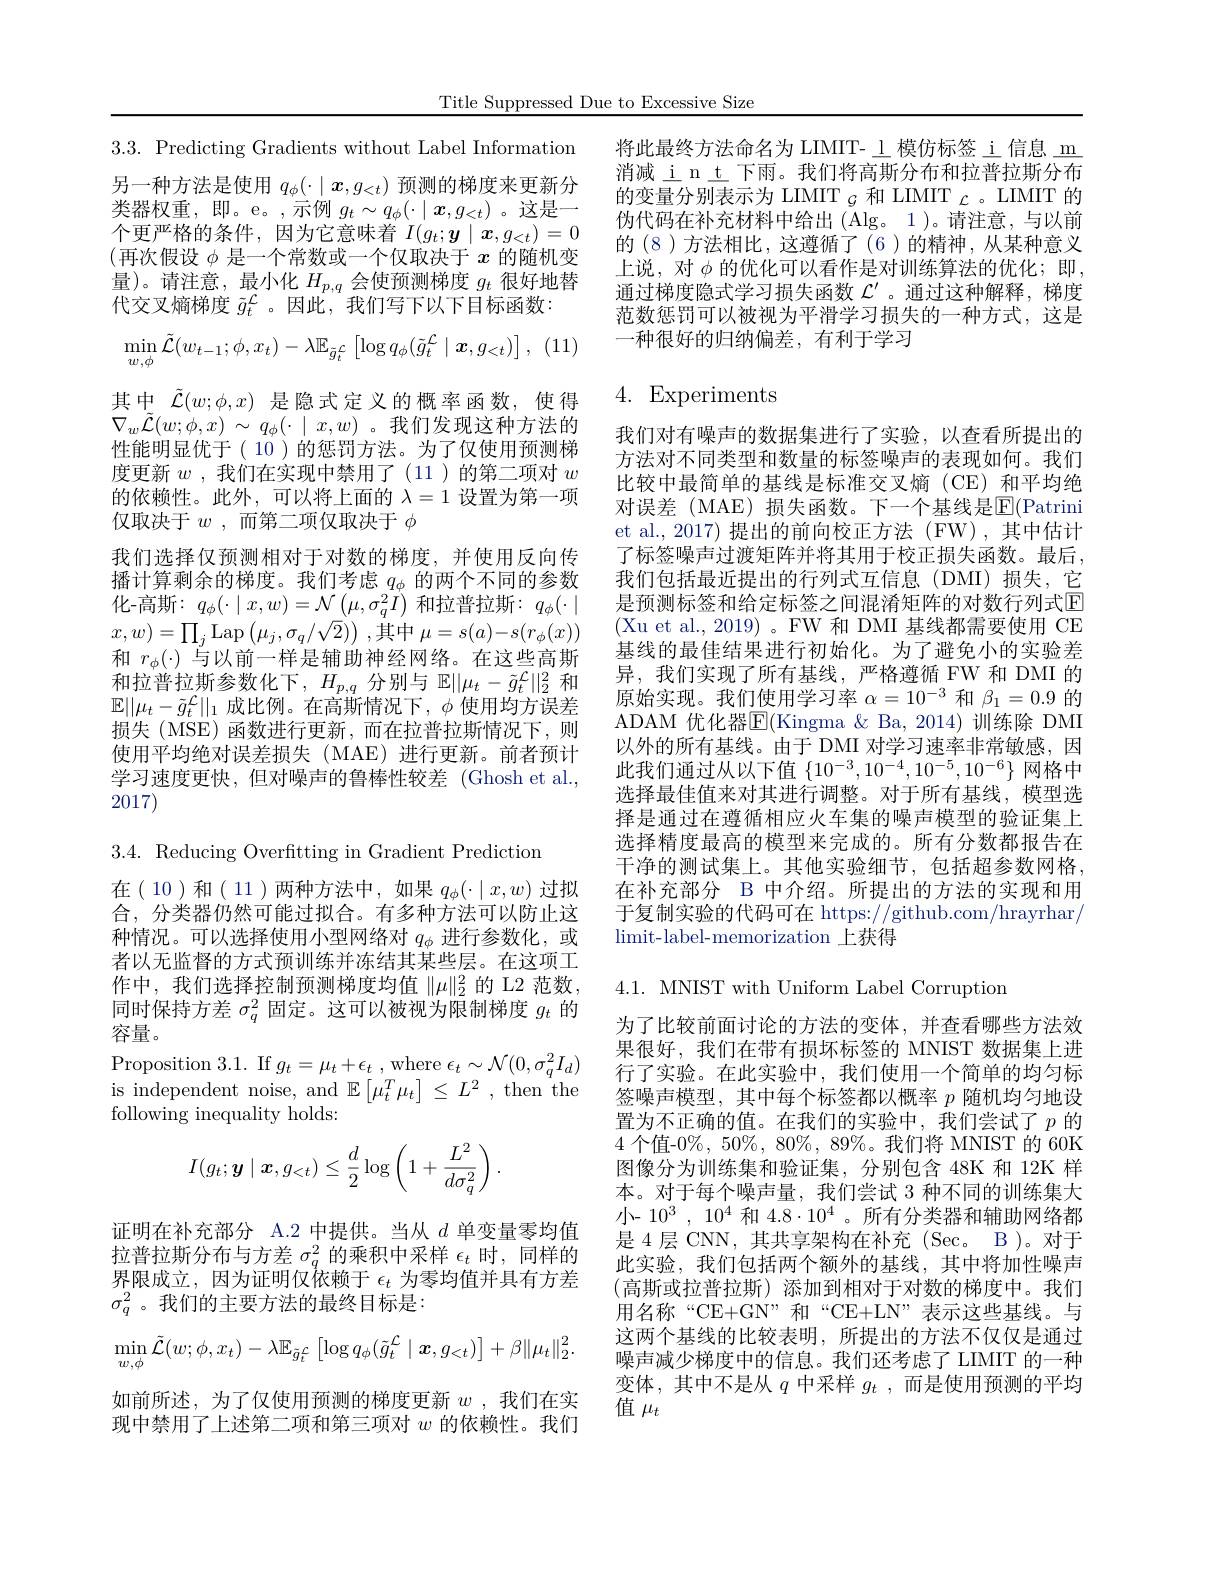
Title Suppressed Due to Excessive Size

3.3. Predicting Gradients without Label Information 另一种方法是使用$q_\phi(\cdot\mid\boldsymbol{x},g_{<t})$预测的梯度来更新分类器权重，即。e。,示例$g_t\sim q_\phi(\cdot\mid\boldsymbol{x},g_{<t})$ 。这是一(再次假设$\phi$是一个常数或一个仅取决于$x$的随机变量)。请注意，最小化$H_{p,q}$会使预测梯度$g_t$很好地替代交叉熵梯度$\tilde{g}_t^\mathcal{L}$。因此，我们写下以下目标函数：
$$\min_{w,\phi}\tilde{\mathcal{L}}(w_{t-1};\phi,x_{t})-\lambda\mathbb{E}_{\tilde{g}_{t}^{L}}\left[\log q_{\phi}(\tilde{g}_{t}^{\mathcal{L}}\mid\boldsymbol{x},g_{<t})\right],$$
其中$\tilde{\mathcal{L}}(w;\phi,x)$ 是隐式定义的概率函数，使得$\nabla _{w}\tilde{\mathcal{L} } ( w; \phi , x)$ $\sim$ $q_{\phi }( \cdot \mid x, w)$ 。我们发现这种方法的性能明显优于( 10 )的惩罚方法。为了仅使用预测梯度更新$w$,我们在实现中禁用了(11)的第二项对 $w$ 的依赖性。此外，可以将上面的$\lambda=1$设置为第一项仅取决于$w$,而第二项仅取决于 $\phi$
我们选择仅预测相对于对数的梯度，并使用反向传播计算剩余的梯度。我们考虑$q_\phi$的两个不同的参数化-高斯：$q_\phi(\cdot\mid x,w)=\mathcal{N}\left(\mu,\sigma_q^2I\right)$和拉普拉斯：$q_\phi(\cdot\mid$ $x,w)=\prod_j\operatorname{Lap}\left(\mu_j,\sigma_q/\sqrt2\right)$ ,其中$\mu=s(a)-s(r_\phi(x))$ 和$r_\phi(\cdot)$与以前一样是辅助神经网络。在这些高斯和拉普拉斯参数化下，$H_p,q$分别与$\mathbb{E}||\mu_t-\tilde{g}_t^\mathcal{L}||_2^2$和$\mathbb{E}||\mu_t-\tilde{g}_t^{\mathcal{L}}||_1$成比例。在高斯情况下，$\phi$使用均方误差损失(MSE)函数进行更新，而在拉普拉斯情况下，则使用平均绝对误差损失(MAE)进行更新。前者预计学习速度更快，但对噪声的鲁棒性较差 (Ghosh et al., 2017)

3.4. Reducing Overftting in Gradient Prediction

在(10)和(11)两种方法中，如果$q_\phi(\cdot\mid x,w)$过拟合，分类器仍然可能过拟合。有多种方法可以防止这种情况。可以选择使用小型网络对$q_\phi$进行参数化，或者以无监督的方式预训练并冻结其某些层。在这项工作中，我们选择控制预测梯度均值$\|\mu\|_2^2$的 L2 范数， 同时保持方差$\sigma_q^2$固定。这可以被视为限制梯度$g_t$的容量。
${\mathrm{Proposition~3.1.~If~}g_{t}=\mu_{t}+\epsilon_{t}\:,{\mathrm{where~}\epsilon_{t}}\sim{\mathcal N}(0,\sigma_{q}^{2}I_{d})}$ is independent noise, and $\mathbb{E}\left[\mu_{t}^{T}\mu_{t}\right]\leq L^{2}$, then the following inequality holds:
$$I(g_t;\boldsymbol{y}\mid\boldsymbol{x},g_{<t})\leq\frac{d}{2}\log\left(1+\frac{L^2}{d\sigma_q^2}\right).$$
证明在补充部分 A.2 中提供。当从$d$单变量零均值拉普拉斯分布与方差$\sigma_q^2$的乘积中采样$\epsilon_t$时，同样的界限成立，因为证明仅依赖于$\epsilon_t$为零均值并具有方差$\sigma_q^2$。我们的主要方法的最终目标是：
$$\min_{w,\phi}\tilde{\mathcal{L}}(w;\phi,x_t)-\lambda\mathbb{E}_{\tilde{g}_t^{\mathcal{L}}}\left[\log q_\phi(\tilde{g}_t^{\mathcal{L}}\mid\boldsymbol{x},g_{<t})\right]+\beta\|\mu_t\|_2^2.$$
如前所述，为了仅使用预测的梯度更新$w$ ,我们在实现中禁用了上述第二项和第三项对$w$的依赖性。我们

将此最终方法命名为 LIMIT-\_ 模仿标签\_i 信息\_m 消减 i n t 下雨。我们将高斯分布和拉普拉斯分布的变量分别表示为 LIMIT $_{\mathcal{G}}$和 LIMIT $_{\mathcal{L}}$。LIMIT 的伪代码在补充材料中给出 (Alg。1)。请注意，与以前
个更严格的条件，因为它意味着$\begin{array}{cc}I(g_t;\boldsymbol{y}\mid\boldsymbol{x},g_{<t})=0&\text{例代码在朴儿物料干结山(Alg。1)。唱仕怎，与以前}\\\text{可次但识 }\phi_\text{ 是一个学数式 }{\text{众们和冲王}n\text{ 的阵却 亦}}&\text{的(8)方法相比，这遵循了(6)的精神，从某种意义}\end{array}$
上说，对 $\phi$ 的优化可以看作是对训练算法的优化；即， 通过梯度隐式学习损失函数$\mathcal{L}^{\prime}$ 。通过这种解释，梯度范数惩罚可以被视为平滑学习损失的一种方式，这是一种很好的归纳偏差，有利于学习

# 4. Experiments

我们对有噪声的数据集进行了实验，以查看所提出的方法对不同类型和数量的标签噪声的表现如何。我们比较中最简单的基线是标准交叉熵(CE)和平均绝对误差(MAE)损失函数。下一个基线是$\boxed{\mathrm{F}}($Patrini et al., 2017) 提出的前向校正方法 (FW),其中估计了标签噪声过渡矩阵并将其用于校正损失函数。最后， 我们包括最近提出的行列式互信息(DMI)损失，它是预测标签和给定标签之间混淆矩阵的对数行列式E (Xu et al.,2019)。FW 和 DMI 基线都需要使用 CE 基线的最佳结果进行初始化。为了避免小的实验差异，我们实现了所有基线，严格遵循 FW 和 DMI 的原始实现。我们使用学习率$\alpha=10^-3$和$\beta_1=0.9$的ADAM 优化器$\overline{\mathrm{E}}($Kingma &Ba,2014)训练除 DMI 以外的所有基线。由于 DMI 对学习速率非常敏感，因此我们通过从以下值$\{10^{-3},10^{-4},10^{-5},10^{-6}\}$网格中选择最佳值来对其进行调整。对于所有基线，模型选择是通过在遵循相应火车集的噪声模型的验证集上选择精度最高的模型来完成的。所有分数都报告在干净的测试集上。其他实验细节，包括超参数网格， 在补充部分 B 中介绍。所提出的方法的实现和用于复制实验的代码可在 https://github.com/hrayrhar/ limit-label-memorization 上获得

4.1. MNIST with Uniform Label Corruption

为了比较前面讨论的方法的变体，并查看哪些方法效果很好，我们在带有损坏标签的 MNIST 数据集上进行了实验。在此实验中，我们使用一个简单的均匀标签噪声模型，其中每个标签都以概率$p$随机均匀地设置为不正确的值。在我们的实验中，我们尝试了$p$ 的4 个值-0%, 50%, 80%, 89%。我们将 MNIST 的 60K 图像分为训练集和验证集，分别包含 48K 和 12K 样本。对于每个噪声量，我们尝试 3 种不同的训练集大小- $10^3,10^4$和$4.8\cdot10^4$ 。所有分类器和辅助网络都是 4 层 CNN, 其共享架构在补充 (Sec。B )。对于此实验，我们包括两个额外的基线，其中将加性噪声(高斯或拉普拉斯)添加到相对于对数的梯度中。我们用名称“CE+GN”和“CE+LN”表示这些基线。与这两个基线的比较表明，所提出的方法不仅仅是通过噪声减少梯度中的信息。我们还考虑了 LIMIT 的一种变体，其中不是从$q$中采样$g_t$ ,而是使用预测的平均值$\mu_t$